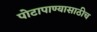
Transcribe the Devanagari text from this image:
पोटापाण्यासाठीच